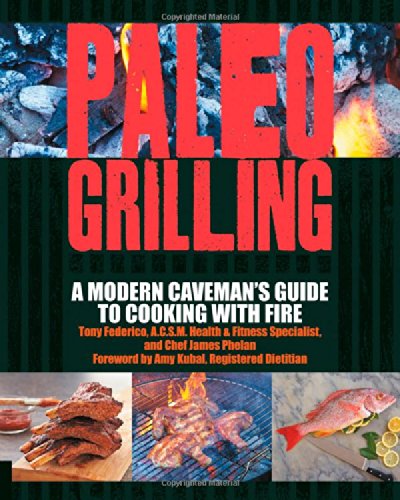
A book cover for Paleo Grilling: A Modern Caveman's Guide to Cooking with Fire; Tony Federico; Health, Fitness & Dieting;